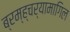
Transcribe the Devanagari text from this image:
ब्रम्ह्चर्यामागिल